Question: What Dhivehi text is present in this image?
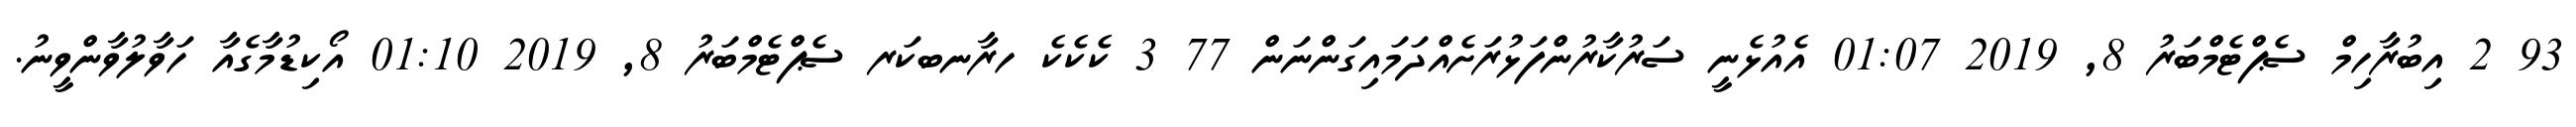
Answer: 93 2 އިބުރާހިމް ސެޕްޓެމްބަރު 8, 2019 01:07 އެއުޅެނީ ސަރުކާރުންފަޅުރަށެއްދަމައިގަންނަން 77 3 ކެކެކެ ހރާނބކަރ ސެޕްޓެމްބަރު 8, 2019 01:10 އޯކިޑުމާގެއާ ހަވާލުވާންވީނު.